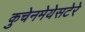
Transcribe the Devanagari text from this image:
कुचेनमेयेसटेरे